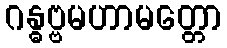
ဂန္ဓဗ္ဗမဟာမတ္တော